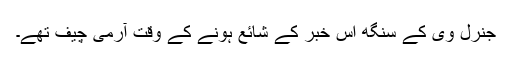
جنرل وی کے سنگھ اس خبر کے شائع ہونے کے وقت آرمی چیف تھے۔